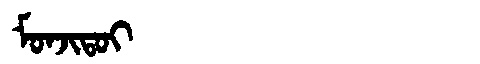
Manchu: ᠮᠣᠨᠵᡳᡨᠣᡳ
Romanization: MONJITOI